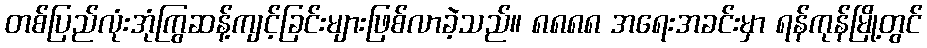
တစ်ပြည်လုံးအုံကြွဆန့်ကျင့်ခြင်းများဖြစ်လာခဲ့သည်။ ၈၈၈၈ အရေးအခင်းမှာ ရန်ကုန်မြို့တွင်